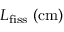
L _ { \mathrm { f i s s } } \ \mathrm { ( c m ) }